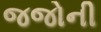
જજોની